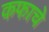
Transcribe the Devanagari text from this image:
कफाचे